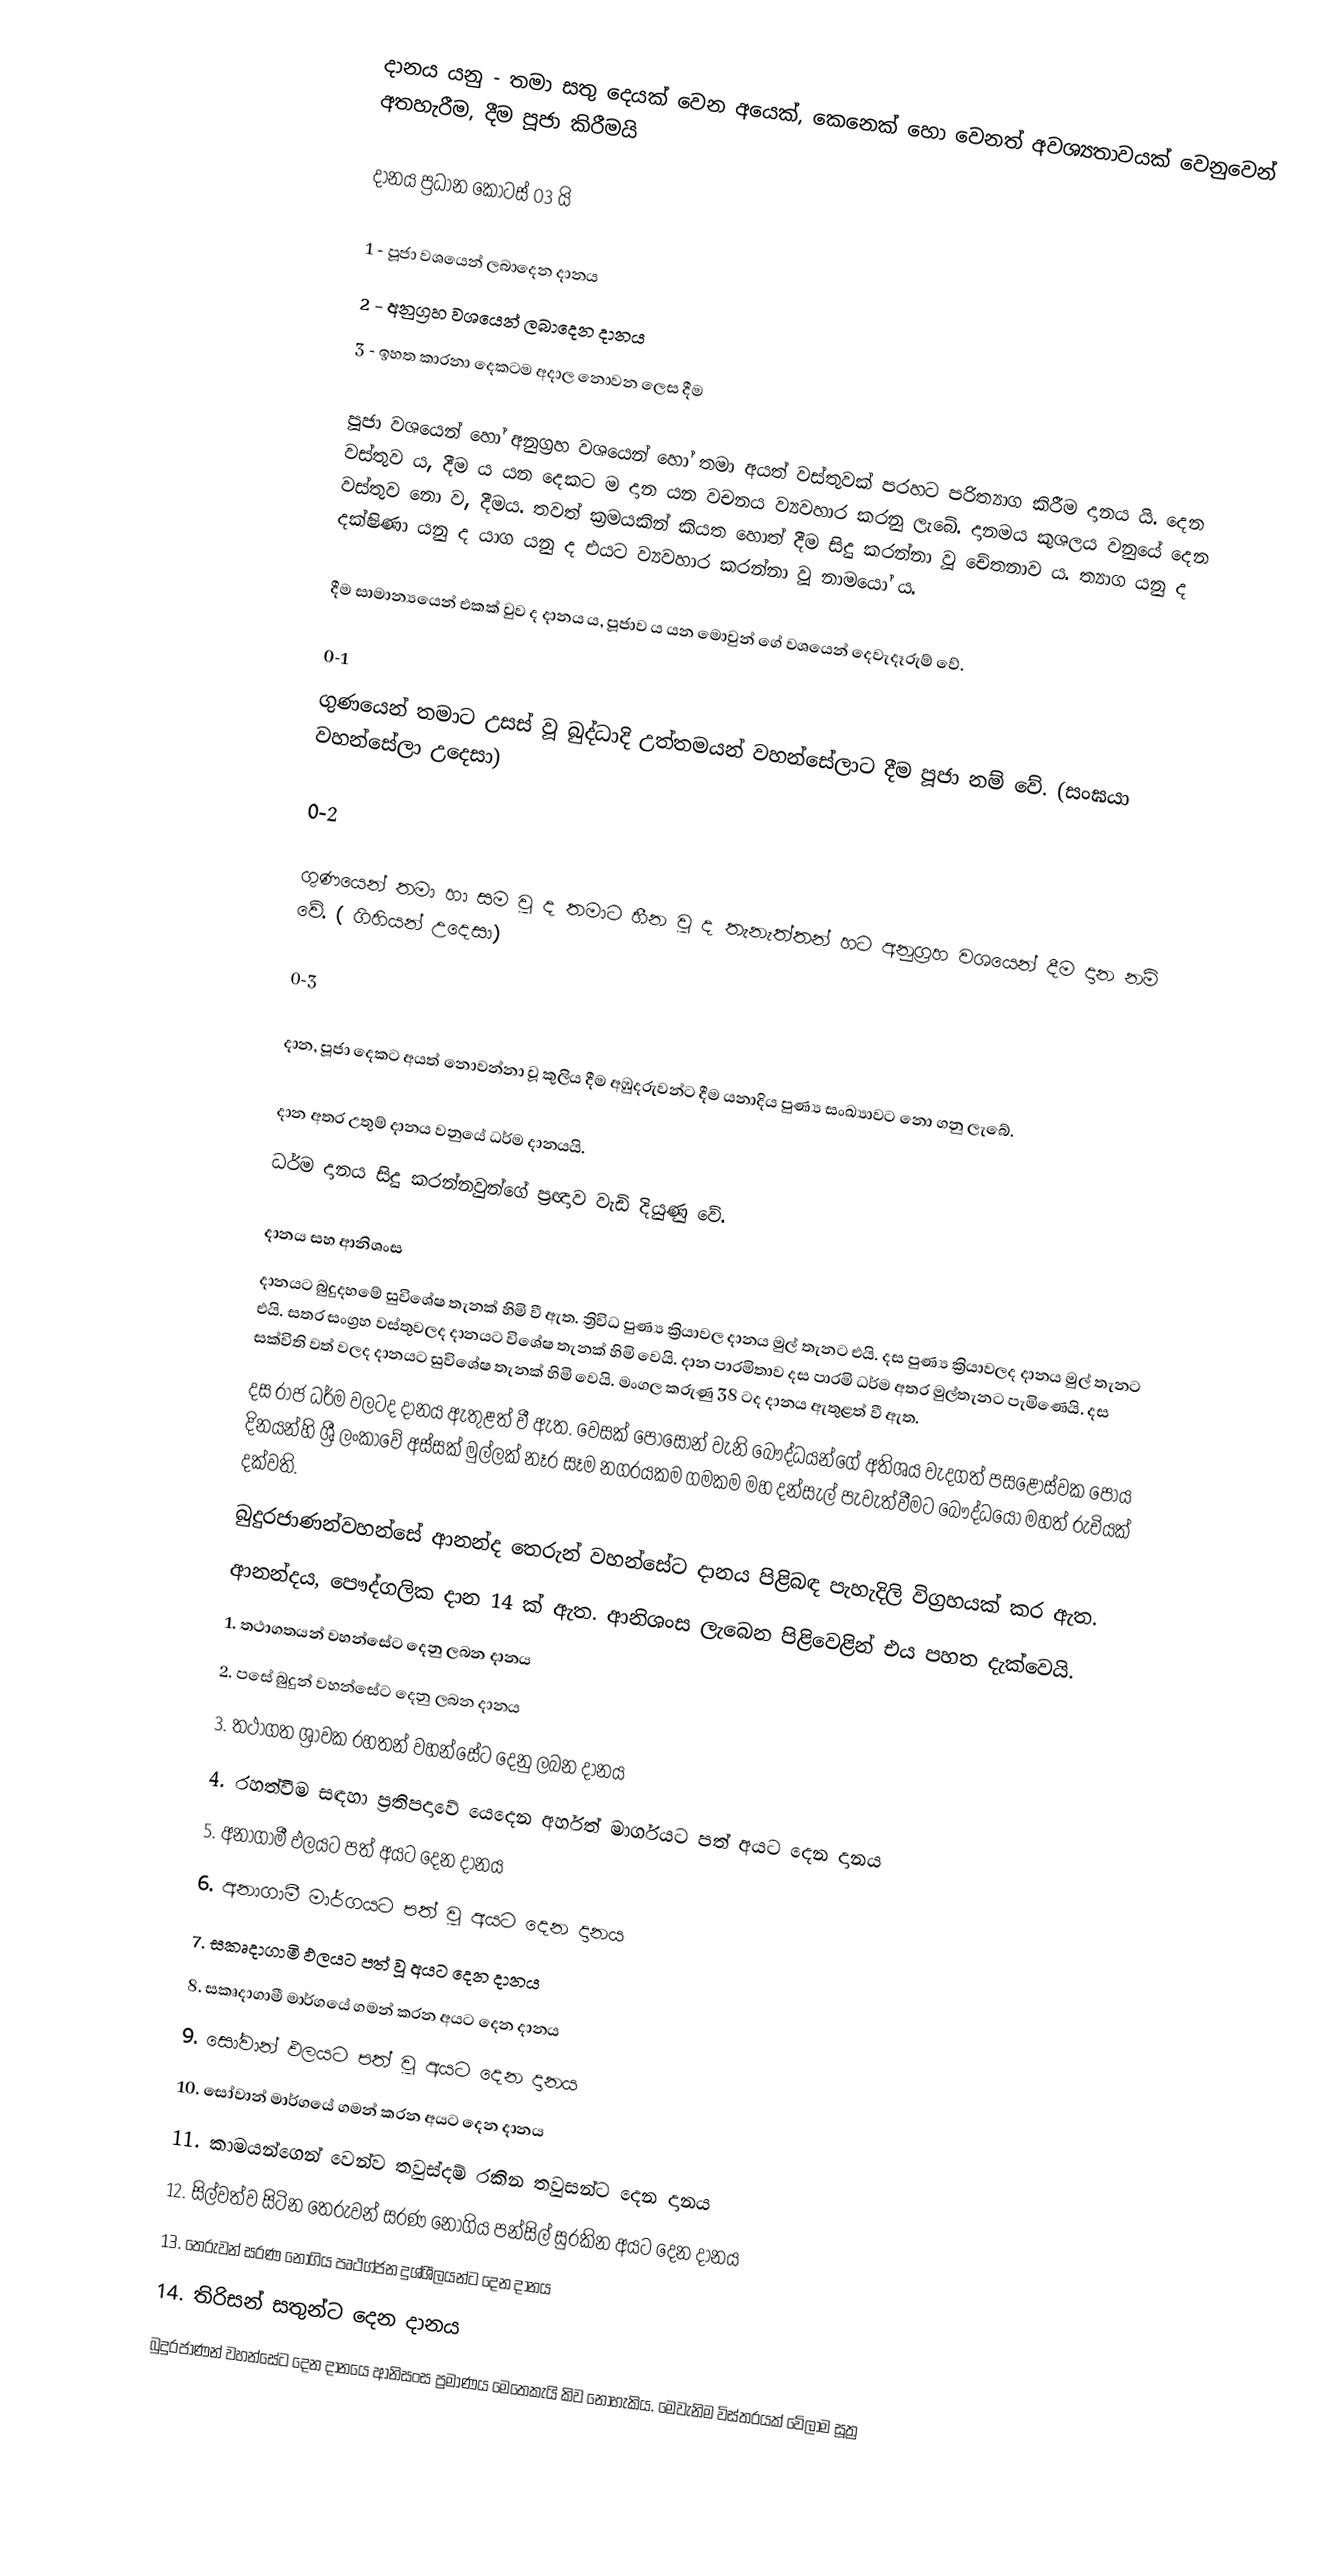
දානය යනු - තමා සතු දෙයක් වෙන අයෙක්, කෙනෙක්  හො වෙනත් අවශ්‍යතාවයක් වෙනුවෙන් අතහැරීම, දීම පූජා කිරීමයි

දානය ප්‍රධාන කොටස් 03 යි

1  - පූජා වශයෙන් ලබාදෙන දානය
2 - අනුග්‍රහ වශයෙන් ලබාදෙන දානය
3 - ඉහත කාරනා දෙකටම අදාල නොවන ලෙස දීම

පූජා වශයෙන් හෝ අනුග්‍ර‍හ වශයෙන් හෝ තමා අයත් වස්තුවක් පරහට පරිත්‍යාග කිරීම දානය යි. දෙන වස්තුව ය, දීම ය යන දෙකට ම දාන යන වචනය ව්‍යවහාර කරනු ලැබේ. දානමය කුශලය වනුයේ දෙන වස්තුව නො ව, දීමය. තවත් ක්‍ර‍මයකින් කියත හොත් දීම සිදු කරන්නා වූ චේතනාව ය. ත්‍යාග යනු ද දක්ෂිණා යනු ද යාග යනු ද එයට ව්‍යවහාර කරන්නා වූ නාමයෝ ය.

දීම සාමාන්‍යයෙන් එකක් වුව ද දානය ය, පූජාව ය යන මොවුන් ගේ වශයෙන් දෙවැදෑරුම් වේ.

0-1
ගුණයෙන් තමාට උසස් වූ බුද්ධාදි උත්තමයන් වහන්සේලාට දීම පූජා නම් වේ. (සංඝයා වහන්සේලා උදෙසා)

0-2

ගුණයෙන් තමා හා සම වූ ද තමාට හීන වූ ද තැනැත්තන් හට අනුග්‍ර‍හ වශයෙන් දීම දාන නම් වේ. ( ගිහියන් උදෙසා)

0-3

දාන, පූජා දෙකට අයත් නොවන්නා වූ කුලිය දීම අඹුදරුවන්ට දීම යනාදිය පුණ්‍ය සංඛ්‍යාවට නො ගනු ලැබේ.

දාන අතර උතුම් දානය වනුයේ ධර්ම දානයයි.
ධර්ම දානය සිදු කරන්නවුන්ගේ ප්‍රඥාව වැඩි දියුණු වේ.

දානය සහ ආනිශංස
දානයට බුදුදහමේ සුවිශේෂ තැනක් හිමි වී ඇත. ත්‍රිවිධ පුණ්‍ය ක්‍රියාවල දානය මුල්  තැනට එයි. දස පුණ්‍ය ක්‍රියාවලද දානය මුල් තැනට එයි. සතර සංග්‍රහ වස්තුවලද දානයට  විශේෂ තැනක් හිමි වෙයි. දාන පාරමිතාව දස පාරමි ධර්ම අතර මුල්තැනට පැමිණෙයි. දස  සක්විති වත් වලද දානයට සුවිශේෂ තැනක් හිමි වෙයි. මංගල කරුණු 38 ටද දානය ඇතුළත් වී  ඇත.
දස රාජ ධර්ම වලටද දානය ඇතුළත් වී ඇත. වෙසක් පොසොන් වැනි බෞද්ධයන්ගේ අතිශය වැදගත්  පසළොස්වක පෝය දිනයන්හි ශ්‍රී ලංකාවේ අස්සක් මුල්ලක් නෑර සෑම නගරයකම ගමකම මහ දන්සැල්  පැවැත්වීමට බෞද්ධයෝ මහත් රුචියක් දක්වති.
බුදුරජාණන්වහන්සේ ආනන්ද තෙරුන් වහන්සේට දානය පිළිබඳ පැහැදිලි විග්‍රහයක් කර  ඇත.
ආනන්දය, පෞද්ගලික දාන 14 ක් ඇත. ආනිශංස ලැබෙන පිළිවෙළින් එය පහත දැක්වෙයි.
1. තථාගතයන් වහන්සේට දෙනු ලබන දානය
2. පසේ බුදුන් වහන්සේට දෙනු ලබන දානය
3. තථාගත ශ්‍රාවක රහතන් වහන්සේට දෙනු ලබන දානය
4. රහත්වීම සඳහා ප්‍රතිපදාවේ යෙදෙන අර්හත් මාර්ගයට පත් අයට දෙන දානය
5. අනාගාමී ඵලයට පත් අයට දෙන දානය
6. අනාගාමී මාර්ගයට පත් වූ අයට දෙන දානය
7. සකෘදාගාමි ඵලයට පත් වූ අයට දෙන දානය
8. සකෘදාගාමී මාර්ගයේ ගමන් කරන අයට දෙන දානය
9. සෝවාන් ඵලයට පත් වූ අයට දෙන දානය
10. සෝවාන් මාර්ගයේ ගමන් කරන අයට දෙන දානය
11. කාමයන්ගෙන් වෙන්ව තවුස්දම් රකින තවුසන්ට දෙන දානය
12. සිල්වත්ව සිටින තෙරුවන් සරණ නොගිය පන්සිල් සුරකින අයට දෙන දානය
13. තෙරුවන් සරණ නොගිය පෘථග්ජන දුශ්ශීලයන්ට දෙන දානය
14. තිරිසන් සතුන්ට දෙන දානය
බුදුරජාණන් වහන්සේට දෙන දානයෙ ආනිසංස ප්‍රමාණය මෙතෙකැයි කිව නොහැකිය. මෙවැනිම  විස්තරයක් වේලාම සූත්‍ර